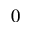
0